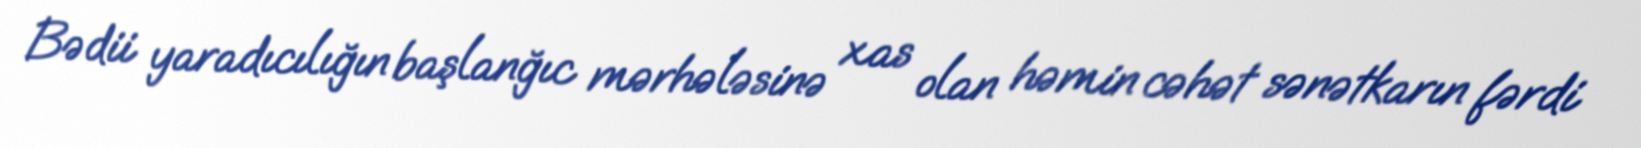
Bədii yaradıcılığın başlanğıc mərhələsinə xas olan həmin cəhət sənətkarın fərdi